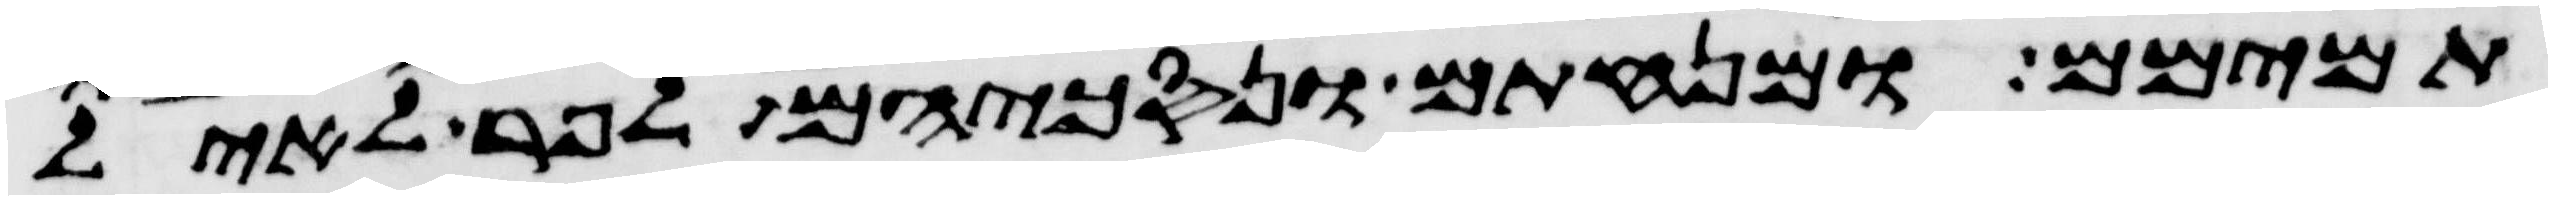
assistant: תמימם ומנחתם ונסכיהם לפר לאיל